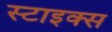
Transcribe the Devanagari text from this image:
स्टाइक्स